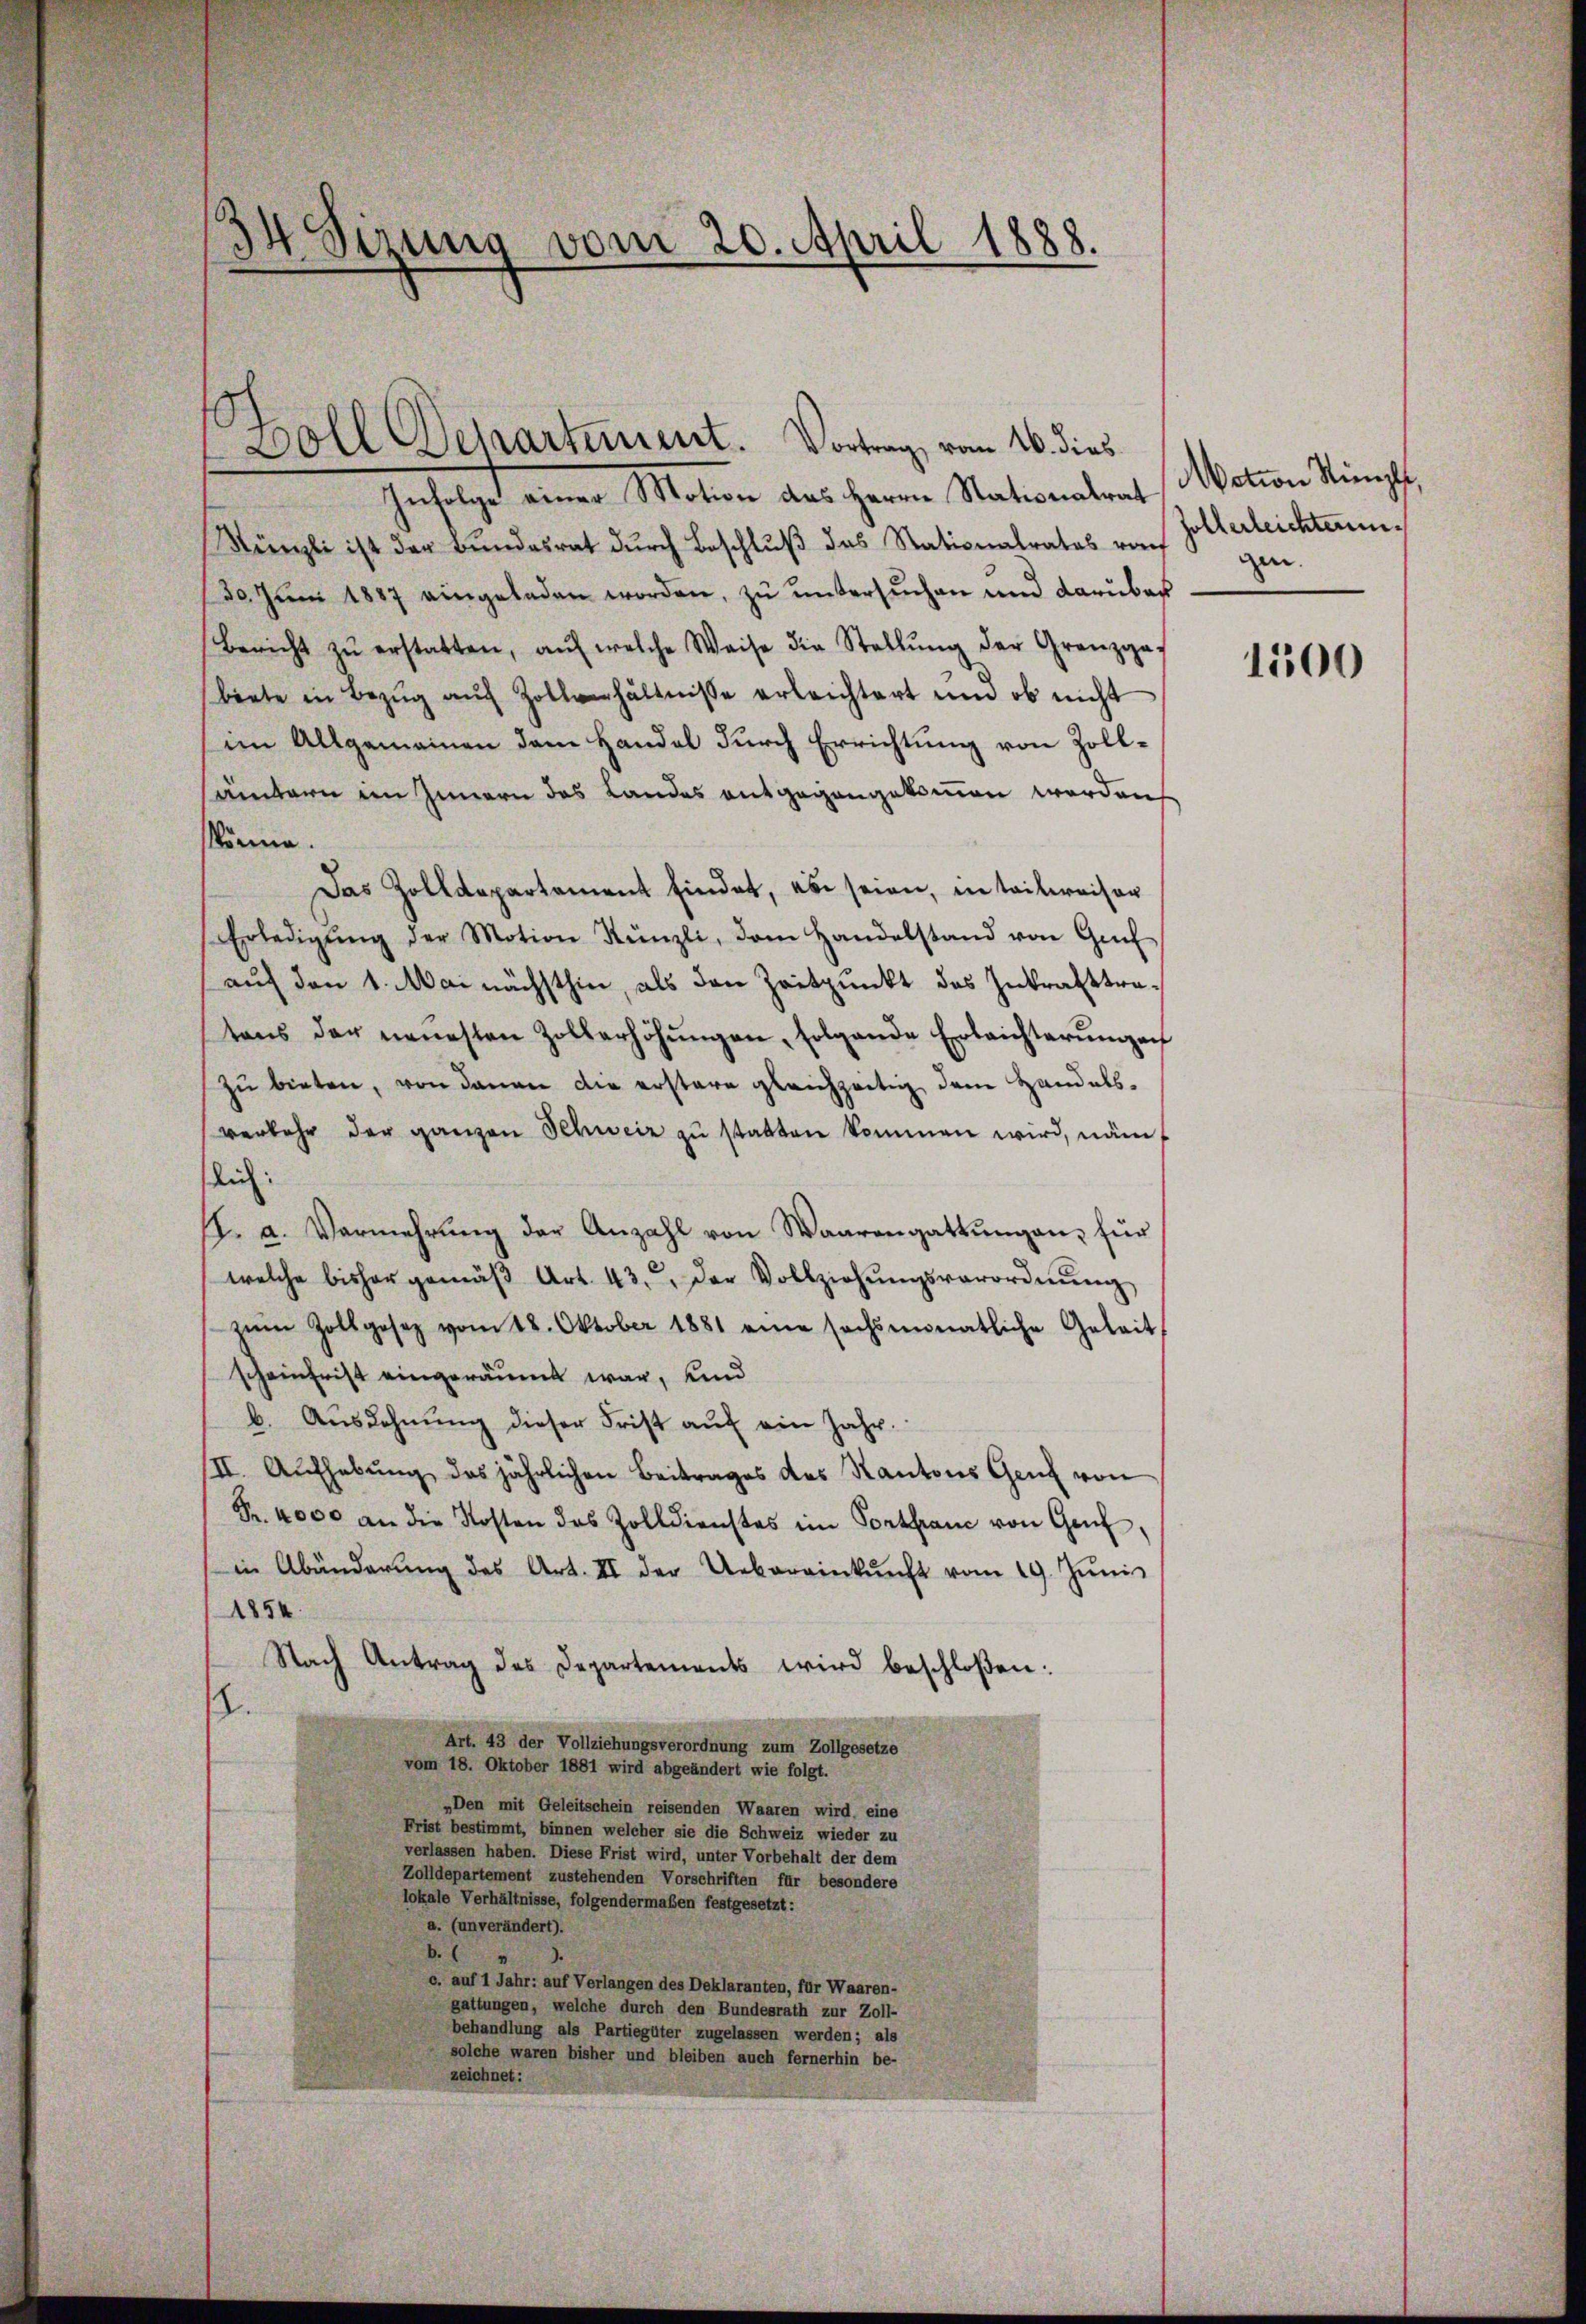
34 Sezung vom 20. April 1888.

Boll Departement. Vortrag vom 16. dies

Infolge einer Motion des Herrn Nationalrat
Nünzli ist der Bundesrat durch Beschluß das Stationalrates raf
30. Jŭni 1887 eingeladen worden, zu untersuchen und darüber
Bericht zŭ erstatten, aŭf welche Weise die Stellŭng der Grenzga-
biete in Bezŭg aŭf Zollverhältnisse erleichtert und ob nicht
im Allgemeinen dem Handel durch Errichtung von Zollsämtern im Innern des Landes entgegangekommen worden
könne.
Das Zolldepartament findet, es seien, in teilweiser
Erledigŭng der Motion Künzli, dem Handelstand von Gef
auf den 1. Mai nächsthin, als den Zeitpunkt des Inkrafttratens der neuesten Zollerhöhŭngen, folgende Erleichterŭngen
zŭ bieten, von denen die erstere gleichzeitig dem Handelsverkehr der ganzen Schweiz zu statten kommen wird, näm
lich:
A. a. Vermehrŭng der Anzahl von Waarengattŭngen, für
welche bisher gemäβ Art. 43. Der Vollziehŭngsverordnŭng
zŭm Zollgesetz vom 18. Oktober 1881 eine sechsmonatliche Geleit
scheinfrist eingeräumt war, und
b. Ausdehnŭng dieser Frist aŭf ein Jahr.
III. Aŭfhebŭng des jährlichen Beitrages des Kantons Genf von
Fr. 4000 an die Kosten das Zolldienstes im Porthane von Genf,
in Abänderŭng des Art. II der Uebereinkŭnft vom 19. Jŭnis
1854.
Nach Antrag des Departements wird beschloßen:
2.
Art. 43 der Vollziehungsverordnung zum Zollgesetze
vom 18. Oktober 1881 wird abgeändert wie folgt.
„Den mit Geleitschein reisenden Waaren wird eine
Frist bestimmt, binnen welcher sie die Schweiz wieder zu
verlassen haben. Diese Frist wird, unter Vorbehalt der dem
Zolldepartement zustehenden Vorschriften für besondere
lokale Verhältnisse, folgendermaßen festgesetzt:
a. (unverändert).
b.
c. auf 1 Jahr: auf Verlangen des Deklaranten, für Waaren-
gattungen, welche durch den Bundesrath zur Zoll-
behandlung als Partiegüter zugelassen werden; als
solche waren bisher und bleiben auch fernerhin be-
zeichnet:

Motion Simple,
Zollerleichtern.
gen.

1500